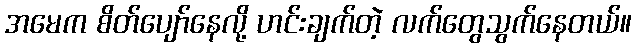
အမေက စိတ်ပျော်နေလို့ ဟင်းချက်တဲ့ လက်တွေသွက်နေတယ်။